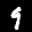
Label: 9